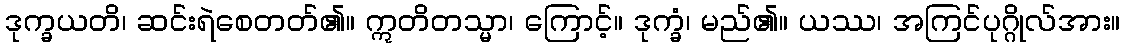
ဒုက္ခယတိ၊ ဆင်းရဲစေတတ်၏။ ဣတိတသ္မာ၊ ကြောင့်။ ဒုက္ခံ၊ မည်၏။ ယဿ၊ အကြင်ပုဂ္ဂိုလ်အား။